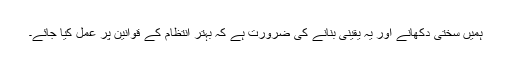
ہمیں سختی دکھانے اور یہ یقینی بنانے کی ضرورت ہے کہ بہتر انتظام کے قوانین پر عمل کیا جائے۔